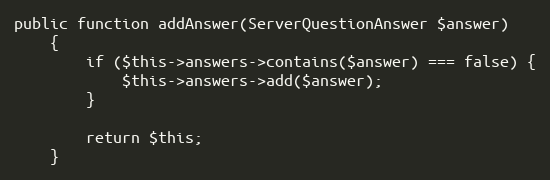
Language: PHP
public function addAnswer(ServerQuestionAnswer $answer)
    {
        if ($this->answers->contains($answer) === false) {
            $this->answers->add($answer);
        }

        return $this;
    }